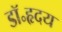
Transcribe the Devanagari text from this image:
डॉ॰हृदय